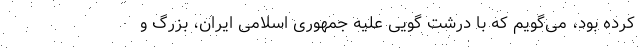
کرده بود، می‌گویم که با درشت گویی علیه جمهوری اسلامی ایران، بزرگ و